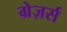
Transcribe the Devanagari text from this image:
ग्रेज़र्स